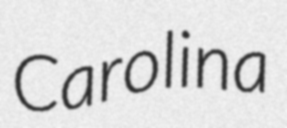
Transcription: Carolina